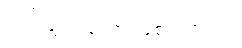
တင်သွင်းခဲ့တာ ဖြစ်ပါတယ်။